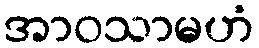
အာဝသာမဟံ